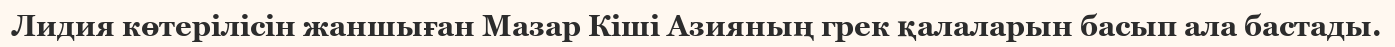
Лидия көтерілісін жаншыған Мазар Кіші Азияның грек қалаларын басып ала бастады.